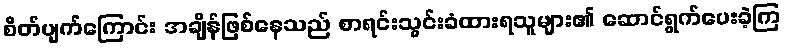
စိတ်ပျက်ကြောင်း အချိန်ဖြစ်နေသည် စာရင်းသွင်းခံထားရသူများ၏ ဆောင်ရွက်ပေးခဲ့ကြ